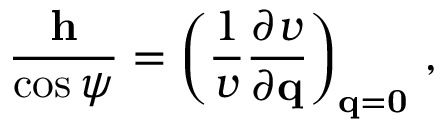
\frac { { \bf h } } { \cos \psi } = \left( \frac { 1 } { v } \frac { \partial v } { \partial { \bf q } } \right) _ { { \bf q } = { \bf 0 } } \, ,